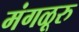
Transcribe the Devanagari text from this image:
मंगळूरु